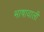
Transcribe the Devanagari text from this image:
भाषावाली